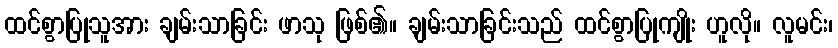
ထင်စွာပြုသူအား ချမ်းသာခြင်း ဖာသု ဖြစ်၏။ ချမ်းသာခြင်းသည် ထင်စွာပြုကျိုး ဟူလို။ လူမင်း၊